Mental hospitals Bombay report 1929-33 - 1929-1933
Year: 1929
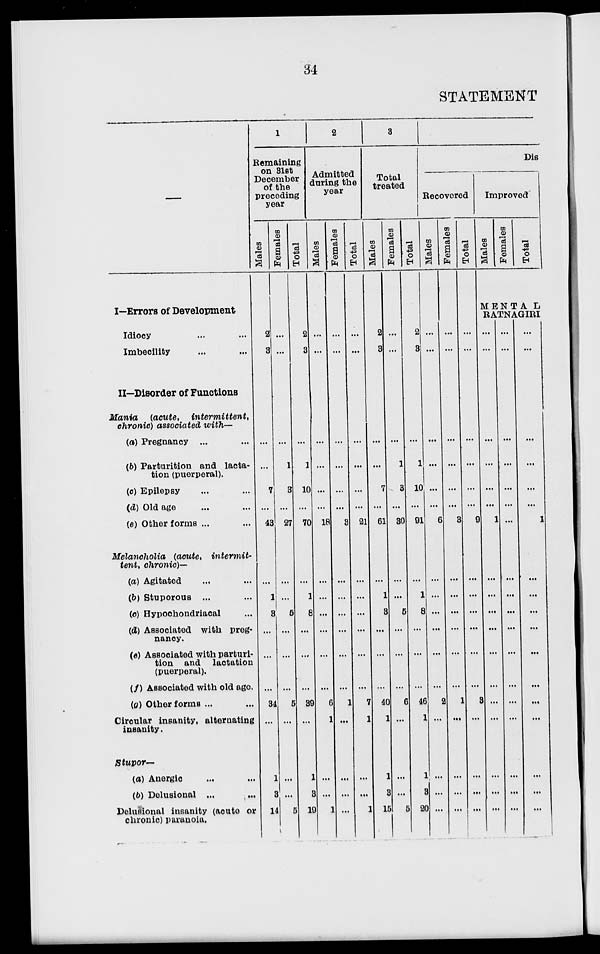
34
STATEMENT
I—Errors of Development
Idiocy ... ...
Imbecility ... ...
II—Disorder of Functions
Mania
(acute,
intermittent,
chronic) associated with—
(a) Pregnancy ... ...
(b) Parturition and lacta-
tion (puerperal).
(c) Epilepsy ... ...
(d) Old age ... ...
(e) Other forms ... ...
Melancholia (acute,
intermit-
tent, chronic)—
(a) Agitated ... ...
(b) Stuporous ... ...
(c) Hypochondriacal ...
(d) Associated with preg-
nancy.
(e) Associated with parturi-
tion and lactation
(puerperal).
(f) Associated with old age.
(g) Other forms ... ...
Circular insanity, alternating
insanity.
Stupor—
(a) Anergic ... ...
(b) Delusional ... ...
Delusional insanity (acute or
chronic) paranoia.
1
Remaining
on 31st
December
of the
preceding
year
Males
2
3
...
...
7
...
43
...
1
3
...
...
...
34
...
1
3
14
Females
...
...
...
1
3
...
27
...
...
5
...
...
...
5
...
...
...
5
Total
2
3
...
1
10
...
70
...
1
8
...
...
...
39
...
1
3
19
2
Admitted
during the
year
Males
...
...
...
...
...
...
18
...
...
...
...
...
...
6
1
...
...
1
Females
...
...
...
...
...
...
3
...
...
...
...
...
...
1
...
...
...
...
Total
...
...
...
...
...
...
21
...
...
...
...
...
...
7
1
...
...
1
3
Total
treated
Males
2
3
...
...
7
...
61
...
1
3
...
...
...
40
1
1
3
15
Females
...
...
...
1
3
...
30
...
...
5
...
...
...
6
...
...
5
Total
2
3
...
1
10
...
91
...
1
8
...
...
...
46
1
1
3
20
Dis
Recovered
Males
...
...
...
...
...
...
6
...
...
...
...
...
...
2
...
...
...
...
Females
...
...
...
...
...
...
3
...
...
...
...
...
...
1
...
...
...
...
Total
...
...
...
...
...
...
9
...
...
...
...
...
...
3
...
...
...
...
Improved
Males
Females
Total
MENTAL
RATNAGIRI
...
...
...
...
...
...
1
...
...
...
...
...
...
...
...
...
...
...
...
...
...
...
...
...
...
...
...
...
...
...
...
...
...
...
...
...
...
...
...
...
...
...
1
...
...
...
...
...
...
...
...
...
...
...